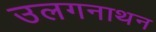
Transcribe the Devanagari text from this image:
उलगनाथन